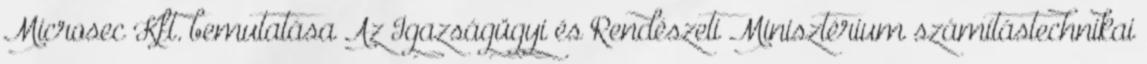
Microsec Kft. bemutatása Az Igazságügyi és Rendészeti Minisztérium számítástechnikai